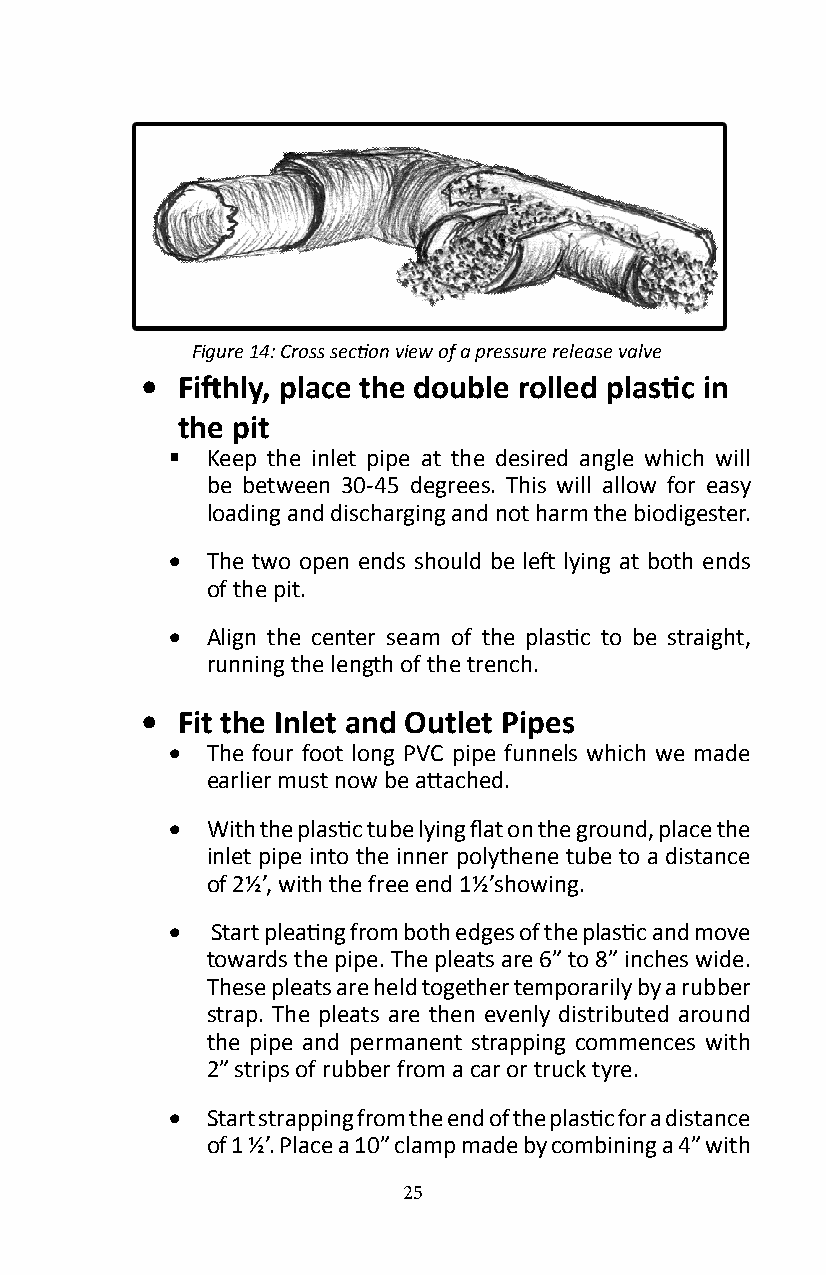
Figure 14: Cross section view of a pressure release valve
 •  Fifthly, place the double rolled plastic in
 the pit
   Keep the inlet pipe at the desired angle which will
 be between 30-45 degrees� This will allow for easy
 loading and discharging and not harm the biodigester�
 •  The two open ends should be left lying at both ends
 of the pit�
 •  Align the center seam of the plastic to be straight,
 running the length of the trench�
 •  Fit the Inlet and Outlet Pipes
 •  The four foot long PVC pipe funnels which we made
 earlier must now be attached.
 •  With the plastic tube lying flat on the ground, place the
 inlet pipe into the inner polythene tube to a distance
 of 2½’, with the free end 1½’showing.
 •  Start pleating from both edges of the plastic and move
 towards the pipe� The pleats are 6” to 8” inches wide�
 These pleats are held together temporarily by a rubber
 strap� The pleats are then evenly distributed around
 the pipe and permanent strapping commences with
 2” strips of rubber from a car or truck tyre�
 •  Start strapping from the end of the plastic for a distance
 of 1 ½’. Place a 10” clamp made by combining a 4” with
 25